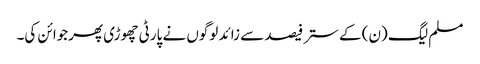
مسلم لیگ (ن) کے ستر فیصد سے زائد لوگوں نے پارٹی چھوڑی پھرجوائن کی۔